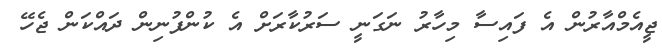
ޖީއެމްއާރުން އެ ފައިސާ މިހާރު ނަގަނީ ސަރުކާރަށް އެ ކުންފުނިން ދައްކަން ޖެހޭ